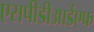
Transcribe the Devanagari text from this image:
एसपीडीआईएफ